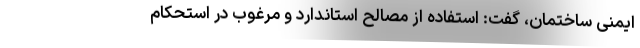
ایمنی ساختمان، گفت: استفاده از مصالح استاندارد و مرغوب در استحکام